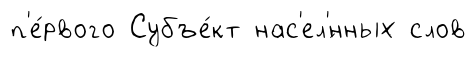
п'е́рвого Субъе́кт нас'ел'́нных слов